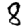
Digit: 8